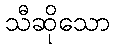
သီဆိုသော